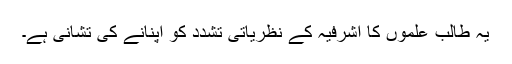
یہ طالبِ علموں کا اشرفیہ کے نظریاتی تشدد کو اپنانے کی تشانی ہے۔